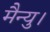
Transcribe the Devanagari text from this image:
मैन्यु।